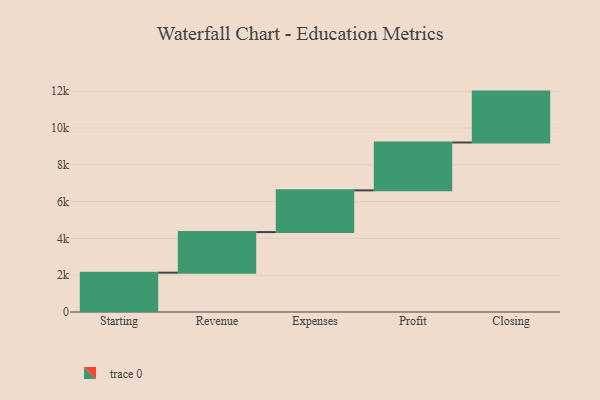
{"axis": {"x": "Step", "y": "Value"}, "legend": [""], "data": [{"x": "Starting", "y": 2136.0, "type": ""}, {"x": "Revenue", "y": 2207.0, "type": ""}, {"x": "Expenses", "y": 2269.0, "type": ""}, {"x": "Profit", "y": 2601.0, "type": ""}, {"x": "Closing", "y": 2766.0, "type": ""}]}